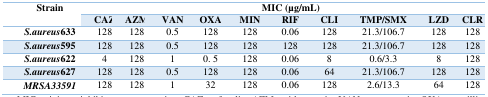
<table><thead><tr><td rowspan="2"><b>Strain</b></td><td colspan="10"><b>MIC (μg/mL)</b></td></tr><tr><td><b>CAZ</b></td><td><b>AZM</b></td><td><b>VAN</b></td><td><b>OXA</b></td><td><b>MIN</b></td><td><b>RIF</b></td><td><b>CLI</b></td><td><b>TMP/SMX</b></td><td><b>LZD</b></td><td><b>CLR</b></td></tr></thead><tbody><tr><td><i>S.aureus</i>633</td><td>128</td><td>128</td><td>0.5</td><td>128</td><td>128</td><td>0.06</td><td>128</td><td>21.3/106.7</td><td>128</td><td>128</td></tr><tr><td><i>S.aureus</i>595</td><td>128</td><td>128</td><td>0.5</td><td>128</td><td>128</td><td>128</td><td>128</td><td>21.3/106.7</td><td>128</td><td>128</td></tr><tr><td><i>S.aureus</i>622</td><td>4</td><td>128</td><td>1</td><td>0. 5</td><td>128</td><td>0.06</td><td>8</td><td>0.6/3.3</td><td>8</td><td>128</td></tr><tr><td><i>S.aureus</i>627</td><td>128</td><td>128</td><td>0.5</td><td>128</td><td>128</td><td>0.06</td><td>64</td><td>21.3/106.7</td><td>128</td><td>128</td></tr><tr><td><i>MRSA33591</i></td><td>128</td><td>128</td><td>1</td><td>32</td><td>128</td><td>0.06</td><td>128</td><td>2.6/13.3</td><td>64</td><td>128</td></tr></tbody></table>